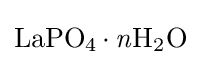
{\ce {LaPO4.{\mathit {n}}H2O}}